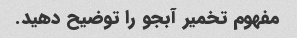
مفهوم تخمیر آبجو را توضیح دهید.